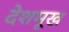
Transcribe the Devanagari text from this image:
देशमूख